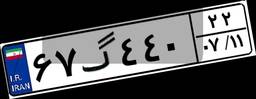
۶۷گ۴۴۰۲۲